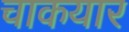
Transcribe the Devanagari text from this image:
चाकयार